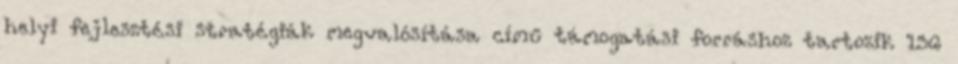
helyi fejlesztési stratégiák megvalósítása című támogatási forráshoz tartozik 136